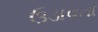
ઉડાવતા